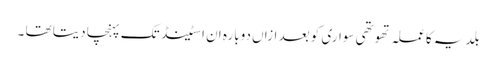
بلدیہ کا عملہ تھوتھی سواری کو بعد ازاں دوبارہ ان اسٹینڈ تک پہنچا دیتا تھا ۔